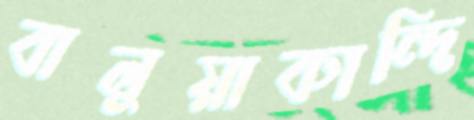
বালুয়াকান্দি